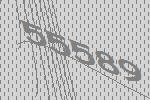
55589